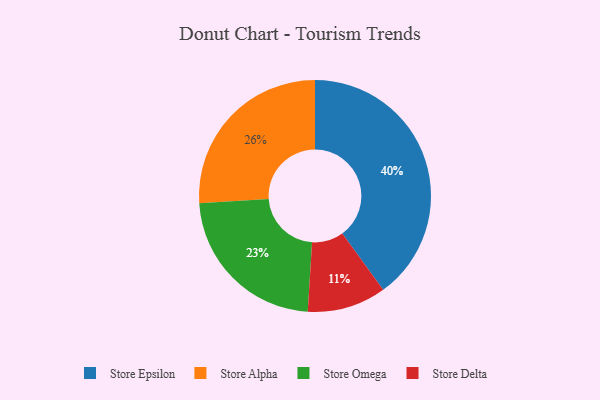
{"axis": {"x": "Category", "y": "Percentage"}, "legend": ["Store Alpha", "Store Delta", "Store Epsilon", "Store Omega"], "data": [{"x": "Store Epsilon", "y": 40, "type": "Store Epsilon"}, {"x": "Store Delta", "y": 11, "type": "Store Delta"}, {"x": "Store Alpha", "y": 26, "type": "Store Alpha"}, {"x": "Store Omega", "y": 23, "type": "Store Omega"}]}